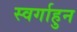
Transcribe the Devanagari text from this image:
स्वर्गाहुन